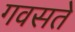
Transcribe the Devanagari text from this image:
गवसते